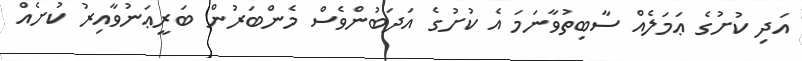
އަދި ކުށުގެ ޢަމަލެއް ސާބިތުވާނަމަ އެ ކުށުގެ އަދަބުންވެސް މެންބަރުން ބަރީޢަނުވާއިރު ކުށެއް